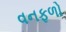
વનફળો